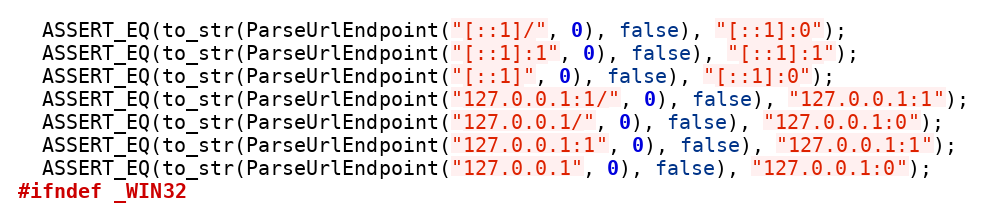
Language: C++
  ASSERT_EQ(to_str(ParseUrlEndpoint("[::1]/", 0), false), "[::1]:0");
  ASSERT_EQ(to_str(ParseUrlEndpoint("[::1]:1", 0), false), "[::1]:1");
  ASSERT_EQ(to_str(ParseUrlEndpoint("[::1]", 0), false), "[::1]:0");
  ASSERT_EQ(to_str(ParseUrlEndpoint("127.0.0.1:1/", 0), false), "127.0.0.1:1");
  ASSERT_EQ(to_str(ParseUrlEndpoint("127.0.0.1/", 0), false), "127.0.0.1:0");
  ASSERT_EQ(to_str(ParseUrlEndpoint("127.0.0.1:1", 0), false), "127.0.0.1:1");
  ASSERT_EQ(to_str(ParseUrlEndpoint("127.0.0.1", 0), false), "127.0.0.1:0");
#ifndef _WIN32